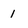
Character: 1